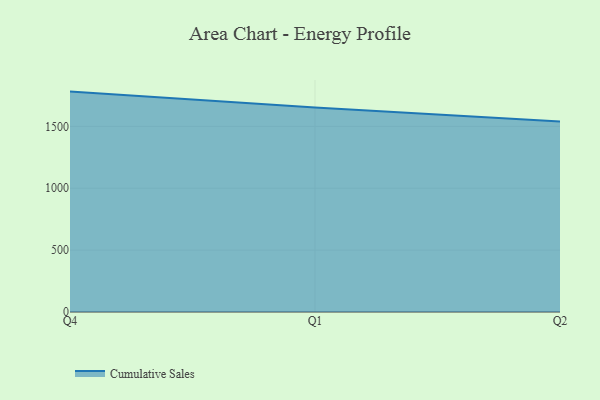
{"axis": {"x": "Quarter", "y": "Inventory Turnover"}, "legend": ["Cumulative Sales"], "data": [{"x": "Q4", "y": 1780.7, "type": "Cumulative Sales"}, {"x": "Q1", "y": 1652.2, "type": "Cumulative Sales"}, {"x": "Q2", "y": 1538.2, "type": "Cumulative Sales"}]}